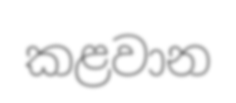
කළවාන